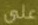
على